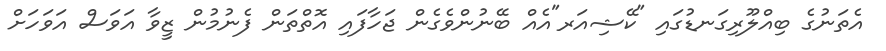
އެތަނުގެ ބިއްލޫރިގަނޑުގައި "ކޭޝިއަރ"އެއް ބޭނުންވެގެން ޖަހާފައި އޮތްތަން ފެނުމުން ޒީވާ އަވަސް އަވަހަށް